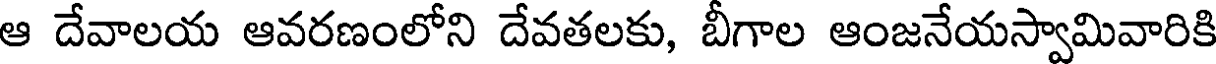
ఆ దేవాలయ ఆవరణంలోని దేవతలకు, బీగాల ఆంజనేయస్వామివారికి